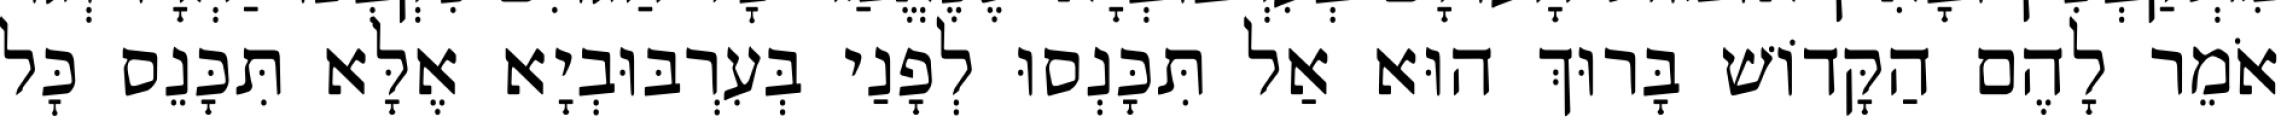
אֹמֵר לָהֶם הַקָּדוֹשׁ בָּרוּךְ הוּא אַל תִּכָּנְסוּ לְפָנַי בְּעִרְבּוּבְיָא אֶלָּא תִּכָּנֵס כׇּל